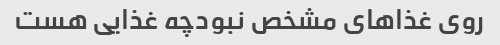
روی غذاهای مشخص نبودچه غذایی هست